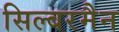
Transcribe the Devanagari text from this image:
सिल्बरमैन